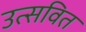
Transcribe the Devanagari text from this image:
उत्सवित